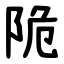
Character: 陒